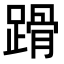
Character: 𨃴